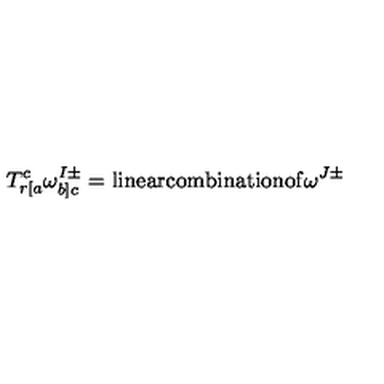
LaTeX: T _ { r [ a } ^ { c } \omega _ { b ] c } ^ { I \pm } = \mathrm { l i n e a r c o m b i n a t i o n o f } \omega ^ { J \pm }